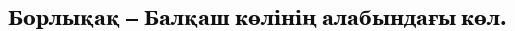
Борлықақ – Балқаш көлінің алабындағы көл.